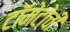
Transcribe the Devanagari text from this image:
टॉमेटोची